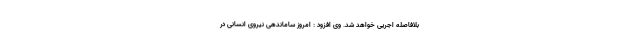
بلافاصله اجریی خواهد شد. وی افزود : امروز ساماندهی نیروی انسانی در